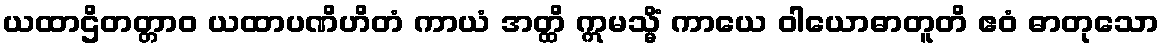
ယထာဌိတတ္တာဝ ယထာပဏိဟိတံ ကာယံ အတ္ထိ ဣမသ္မိံ ကာယေ ဝါယောဓာတူတိ ဧဝံ ဓာတုသော